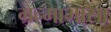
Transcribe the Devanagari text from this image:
म्रन्माभासा